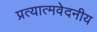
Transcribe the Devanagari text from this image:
प्रत्यात्मवेदनीय